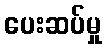
ပေးဆပ်မှု